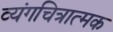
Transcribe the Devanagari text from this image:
व्यंगचित्रात्मक